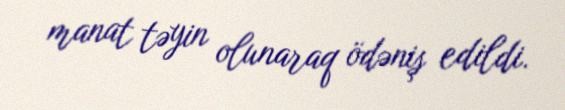
manat təyin olunaraq ödəniş edildi.